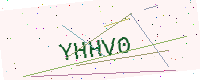
Text: YHHV0